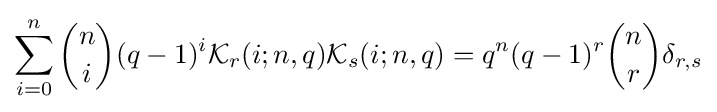
\sum _{i=0}^{n}{\binom {n}{i}}(q-1)^{i}{\mathcal {K}}_{r}(i;n,q){\mathcal {K}}_{s}(i;n,q)=q^{n}(q-1)^{r}{\binom {n}{r}}\delta _{r,s}